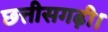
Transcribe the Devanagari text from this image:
छत्तीसगढ़ी।